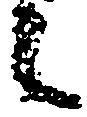
候